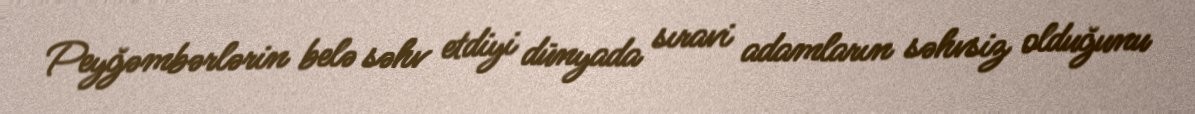
Peyğəmbərlərin belə səhv etdiyi dünyada sıravi adamların səhvsiz olduğunu